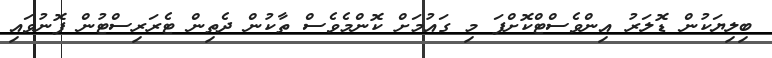
ބިލިޔަކުން ޑޮލަރު އިންވެސްޓްކޮށްފަ މި ގައުމަށް ކޮންމެވެސް ތާކުން ދެތިން ޓެރަރިސްޓުން ފޮނުވައި